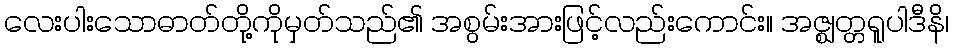
လေးပါးသောဓာတ်တို့ကိုမှတ်သည်၏ အစွမ်းအားဖြင့်လည်းကောင်း။ အဇ္ဈတ္တရူပါဒီနိ၊